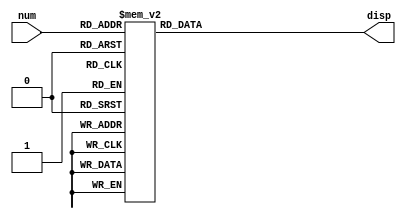
//Implementao de uma hierarquia de memria com dois nveis (cache L1 e memria RAM).
//A cache L1  totalmente assiciativa e a memria RAM  diretamente mapeada.
//Endereos de memria de 8 bits e tamanho de palavra de 8 bits.

//Mdulo para utilizao do display de 7 segmentos como sada (implementado na terceira prova da disciplina de Sistemas Digitais para Computao).
module display(num, disp);
	input [3:0]num;
	output reg [6:0]disp;
	
	always @ (num)
		case (num)
			4'b0000: disp = 7'b0000001;//0
			4'b0001: disp = 7'b1001111;//1
			4'b0010: disp = 7'b0010010;//2
			4'b0011: disp = 7'b0000110;//3
			4'b0100: disp = 7'b1001100;//4
			4'b0101: disp = 7'b0100100;//5
			4'b0110: disp = 7'b0100000;//6
			4'b0111: disp = 7'b0001111;//7
			4'b1000: disp = 7'b0000000;//8
			4'b1001: disp = 7'b0000100;//9
			4'b1010: disp = 7'b0001000;//A
			4'b1011: disp = 7'b1100000;//B
			4'b1100: disp = 7'b0110001;//C
			4'b1101: disp = 7'b1000010;//D
			4'b1110: disp = 7'b0110000;//E
			4'b1111: disp = 7'b0111000;//F
		endcase
endmodule

module memoriaCache(clock, address, dataIn, write, dataOut, hit, dirty);
		input clock;//Clock.
		input [7:0]address;//Endereo de acesso  cache.
		input [7:0]dataIn;//Dado de entrada da cache.
		input write;//Bit que indica leitura e escrita (0 habilita leitura e 1 habilita escrita). 
		output reg [7:0]dataOut;//Dado de sada da cache.
		output reg hit;//Valor de sada (0 para miss e 1 para hit).
		output reg dirty;//Bit que indica se o valor precisa ser salvo na memria.
		integer h, i, j, k, l;//Variveis contadoras a serem utilizadas dentro dos laos for.
		
		//[18] -> Bit de validade (quando ALTO indica que o dado presente na linha de cache  vlido).
		//[17] -> Bit de sujeira (quando ALTO indica inconsistncia entre o dado presente na cache e na memria RAM).
		//[16] -> Bit LRU usado para substituio de dados.
		//[15:8] -> Bits de tag.
		//[7:0] -> Dado presente na linha de cache.
		reg [18:0]MCache[1:0];//Declarao da memria cache (duas linhas de dados de 15 bits);
		
		//Carregamento da memria cache com os dados especificados no roteiro da prtica.
		initial begin
			//Dados iniciais da primeira linha de cache
			MCache[0][18] <= 1'b1;//Bit de validade  igual a 1.
			MCache[0][17] <= 1'b0;//Bit de sujeira  igual a 0.
			MCache[0][16] <= 1'b0;//Bit de LRU  igual a 0.
			MCache[0][15:8] <= 8'b00000100;//Tag inicial do primeiro bloco de cache em binrio.
			MCache[0][7:0] <= 8'b00000101;//Dado inicial do primeiro bloco de cache em binrio.
			
			//Dados iniciais da segunda linha de cache
			MCache[1][18] <= 1'b1;//Bit de validade  igual a 1;
			MCache[1][17] <= 1'b0;//Bit de sujeira  igual a zero.
			MCache[1][16] <= 1'b1;//Bit de LRU  igual a 1.
			MCache[1][15:8] <= 8'b00000101;//Tag inicial do primeiro bloco de cache em binrio.
			MCache[1][7:0] <= 8'b00000011;//Dado inicial da segunda linha de cache em binrio.
		end
		
		//Escritas e leituras so realizadas quando temos uma mudana de clock; bit write 1 indica escrita e 0 indica leitura.
		//Primeiro pesquisa por um dado invlido, se no encontrar substitui o dado menos recentemente usado (LRU).
	always @ (clock) begin	
		if(write) begin
			hit <= 0;//Seta a varivel "hit" inicialmente como 0 (miss).
			for(h=0; h<2 && hit==0; h=h+1) begin
				if(MCache[h][15:8]==address) begin
					dirty <= MCache[h][17];//Atualiza o bit dirty que indica se o dado precisa ser escrito na memria ou no.
					MCache[h][7:0] <= dataIn;//Atualiza o dado na linha de cache; no precisa atualizar o endereo j que  o mesmo.
					MCache[h][18] <= 1'b1;//Seta 1 no bit de validade.
					MCache[h][17] <= 1'b1;//Seta 1 no bit de sujeira (indica que o dado deve ser escito na memria RAM).
					MCache[h][16] <= 1'b1;//Seta 1 no Bit de LRU, indica que o dado foi acessado recentemente.
							hit <= 1;
				end
			end
			for(i=0; i<2 && hit==0; i=i+1) begin
				if(MCache[i][18]==1'b0 || MCache[i][16]==1'b0) begin //Se o dado na cache for invlido.
					MCache[i][15:8] <= address;//Atualiza o endereo do dado na linha de cache.
					dirty <= MCache[i][17];//Atualiza o bit dirty que indica se o dado precisa ser escrito na memria ou no.
					MCache[i][7:0] <= dataIn;//Atualiza o dado na linha de cache.
					MCache[i][18] <= 1'b1;//Seta 1 no bit de validade.
					MCache[i][17] <= 1'b1;//Seta 1 no bit de sujeira (indica que o dado deve ser escito na memria RAM).
					MCache[i][16] <= 1'b1;//Seta 1 no Bit de LRU, indica que o dado foi acessado recentemente.
					hit <= 1;
					for(j=0; j<2; j=j+1) begin
						if(j!=i) begin
							MCache[j][16] <= 1'b0;//Atualiza o bit de LRU das outras posies da cache.
						end
					end
				end
			end
		end
		if(!write) begin	
			hit <= 0;//Seta a varivel "hit" inicialmente como 0 (miss).
			for(k=0; k<2; k=k+1) begin
				if(MCache[k][15:8]==address && MCache[k][18]==1'b1) begin
					dataOut <= MCache[k][7:0];//Encontrou o dado na cache.
					MCache[k][16] <= 1'b1;//Seta 1 no Bit de LRU, indica que o dado foi acessado recentemente.
					hit <= 1;//Hit (o dado foi lido da cache).
					for(l=0; l<2; l=l+1) begin
						if(MCache[l][15:8]!=address) begin
							MCache[l][16] <= 1'b0;//Atualiza o bit de LRU das outras posies da cache.
						end
					end
				end
			end
		end
	end
endmodule

module memoriaRAM(clock, address, dataIn, write, dataOut, hit);
	input clock;//Clock.
	input [7:0]address;//Endereo de acesso  cache.
	input [7:0]dataIn;//Dado de entrada da cache.
	input write;//Bit que indica leitura e escrita (0 habilita leitura e 1 habilita escrita). 
	output reg [7:0]dataOut;//Dado de sada da cache.
	output reg hit;//Valor de sada (0 para miss e 1 para hit).
	integer i, j, l;//Variveis contadoras a serem utilizadas dentro dos laos for.
	
	//[15:8] -> Endereo de acesso  RAM.
	//[7:0] -> Dado armazenado na linha de RAM.
	reg [15:0]MRAM[3:0];
	
	//Carregamento da memria RAM com os dados especificados no roteiro da prtica.
	initial begin
		//Dados iniciais da primeira linha de RAM
		MRAM[0][15:8] <= 8'b00000000;//Endereo da primeira linha de RAM (100 em decimal).
		MRAM[0][7:0] <= 8'b00000101;//Dado da primeira linha de RAM (5 em decimal).
		
		//Dados iniciais da segunda linha de RAM
		MRAM[1][15:8] <= 8'b01100101;//Endereo da segunda linha de RAM (101 em decimal).
		MRAM[1][7:0] <= 8'b00000011;//Dado da segunda linha de RAM (3 em decimal).
		
		//Dados iniciais da terceira linha de RAM
		MRAM[2][15:8] <= 8'b01100110;//Endereo da terceira linha de RAM (102 em decimal).
		MRAM[2][7:0] <= 8'b00000001;//Dado da terceira linha de RAM (1 em decimal).
		
		//Dados iniciais da quarta linha de RAM
		MRAM[3][15:8] <= 8'b01100111;//Endereo da quarta linha de RAM (103 em decimal).
		MRAM[3][7:0] <= 8'b00000000;//Dado da quarta linha de RAM (0 em decimal).
	end
	
	//Escritas e leituras so realizadas quando temos uma mudana de clock; bit write 1 indica escrita e 0 indica leitura.
	//A memria RAM  diretamente mapeada.
	always @ (clock) begin
		if(write) begin
		  hit <= 0;//Seta a varivel "hit" inicialmente como 0 (miss).
			for(i=0; i<4 && hit==0; i=i+1)
			if(MRAM[i][15:8]==address) begin
				MRAM[i][7:0] <= dataIn;//Atualiza o dado na linha de RAM.
				hit <= 1;
			end
		end
		if(!write) begin
		  hit <= 0;//Seta a varivel "hit" inicialmente como 0 (miss).
			for(l=0; l<4 && hit==0; l=l+1)
				if(MRAM[l][15:8]==address) begin 
					dataOut <= MRAM[l][7:0];//Encontrou o dado na RAM.
					hit <= 1;
				end
		end
	end
endmodule

module hierarquiaMemoria(SW, HEX0, HEX1, HEX2, HEX3, HEX4, HEX5, LEDG, hitC, hitR);
	//SW[17] -> clock;
	//SW[16] -> writeC (write enable da memria cache, utilizado para switch entre modo de escrita e de leitura na cache).
	//SW[15:7] -> endereo de acesso  memria.
	//SW[7:0] -> dado a ser escrito na memria.
	input [17:0]SW;
	output [0:6]HEX0;
	output [0:6]HEX1;
	output [0:6]HEX2;
	output [0:6]HEX3;
	output [0:6]HEX4;
	output [0:6]HEX5;
	output [3:0]LEDG;
	output hitC;//Indica acerto (1) ou falha (0) na cache. 
	output hitR;//Indica acerto (1) ou falha (0) na RAM.

	wire clock = SW[17];
	wire write = SW[16];
	wire [7:0]address = SW[15:7];
	wire [7:0]dataIn = SW[7:0];
	wire [7:0]dataOutC;//Dado de sada da Cache.
	wire [7:0]dataOutR;//Dado de sada da RAM.
	wire dirty;//Bit que indica se um bloco sujo deve ser escrito na RAM ou no. Este bit  utilizado como write enable da RAM.

	//Instanciao dos blocos de memria.
	memoriaCache MCache1(clock, address, dataIn, writeC, dataOutC, hitC, dirty);
	memoriaRAM MRAM1(clock, address, dataOutC, dirty, dataOutR, hitR);
	
	//Impresso do endereo de acesso no dislay de 7 segmentos.
	display dispAddress1(SW[15:12], HEX5);
	display dispAddress0(SW[11:8], HEX4);
	
	//Impresso do dado de entrada no display de 7 segmentos.
	display dispDataIn1(SW[7:4], HEX3);
	display dispDataIn0(SW[3:0], HEX2);
	
	//Impresso do dado de saida no display de 7 segmentos.
	display dispDataOut1(dataOutC[7:4], HEX1);
	display dispDataOut0(dataOutC[3:0], HEX0);
endmodule